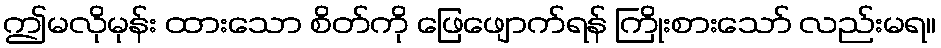
ဤမလိုမုန်း ထားသော စိတ်ကို ဖြေဖျောက်ရန် ကြိုးစားသော် လည်းမရ။